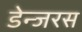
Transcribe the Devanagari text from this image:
डेन्जरस